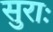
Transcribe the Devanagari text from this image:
सुराः